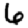
Digit: 6